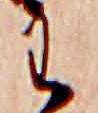
わ